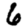
Digit: 6